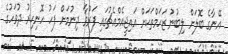
އޭނާގެ ބޮލަށް ލިބުނު ޒަހަމްތަކަށް އައިޖީއެމްއެޗުގައި ފަރުވާ ދިނުމަށް ފަހު ހޮނިހިރު ދުވަހުގެ